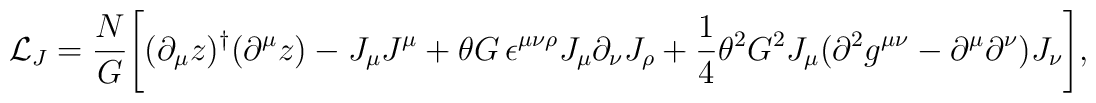
{\cal L}_J =\frac{N}{G}\Biggl[(\partial_\mu z)^\dagger (\partial^\mu z)-J_\mu J^\mu +\theta G\,\epsilon^{\mu\nu\rho} J_\mu \partial_\nu J_\rho+\frac{1}{4}\theta^2 G^2 J_\mu (\partial^2 g^{\mu\nu} -\partial^\mu\partial^\nu) J_\nu \Biggr],